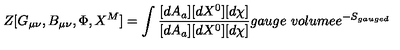
Z [ G _ { \mu \nu } , B _ { \mu \nu } , \Phi , X ^ { M } ] = \int \frac { [ d A _ { a } ] [ d X ^ { 0 } ] [ d \chi ] } { [ d A _ { a } ] [ d X ^ { 0 } ] [ d \chi ] } { g a u g e \ v o l u m e } e ^ { - S _ { g a u g e d } }